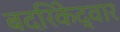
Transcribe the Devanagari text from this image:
बदरिकेद्वार